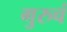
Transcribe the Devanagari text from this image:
गुरुचं